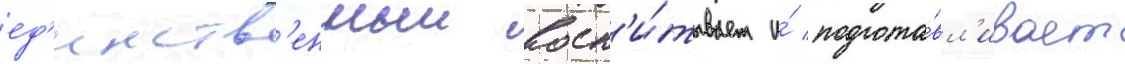
ед'инств'енныи восп'и́тывает и́ подгота́вл'ивает